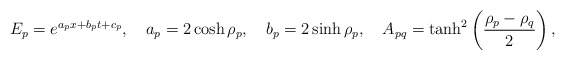
\begin{align*}E_p=e^{a_p x+b_p t +c_p}, \quad a_p=2\cosh\rho_p,\quad b_p =2\sinh \rho_p,\quad A_{pq}=\tanh^2\left(\frac{\rho_p-\rho_q}{2}\right),\end{align*}